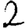
Digit: 2